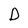
Character: D